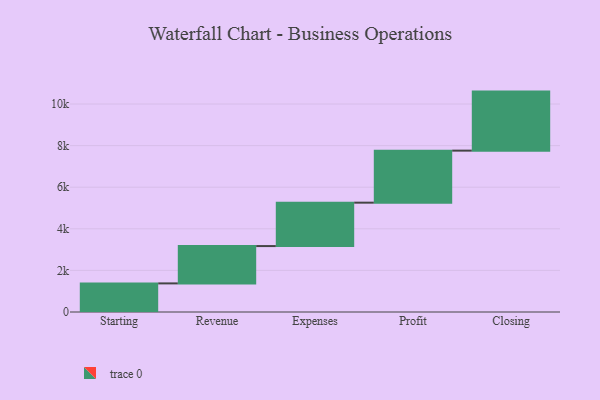
{"axis": {"x": "Step", "y": "Value"}, "legend": [""], "data": [{"x": "Starting", "y": 1375.0, "type": ""}, {"x": "Revenue", "y": 1795.0, "type": ""}, {"x": "Expenses", "y": 2087.0, "type": ""}, {"x": "Profit", "y": 2502.0, "type": ""}, {"x": "Closing", "y": 2838.0, "type": ""}]}